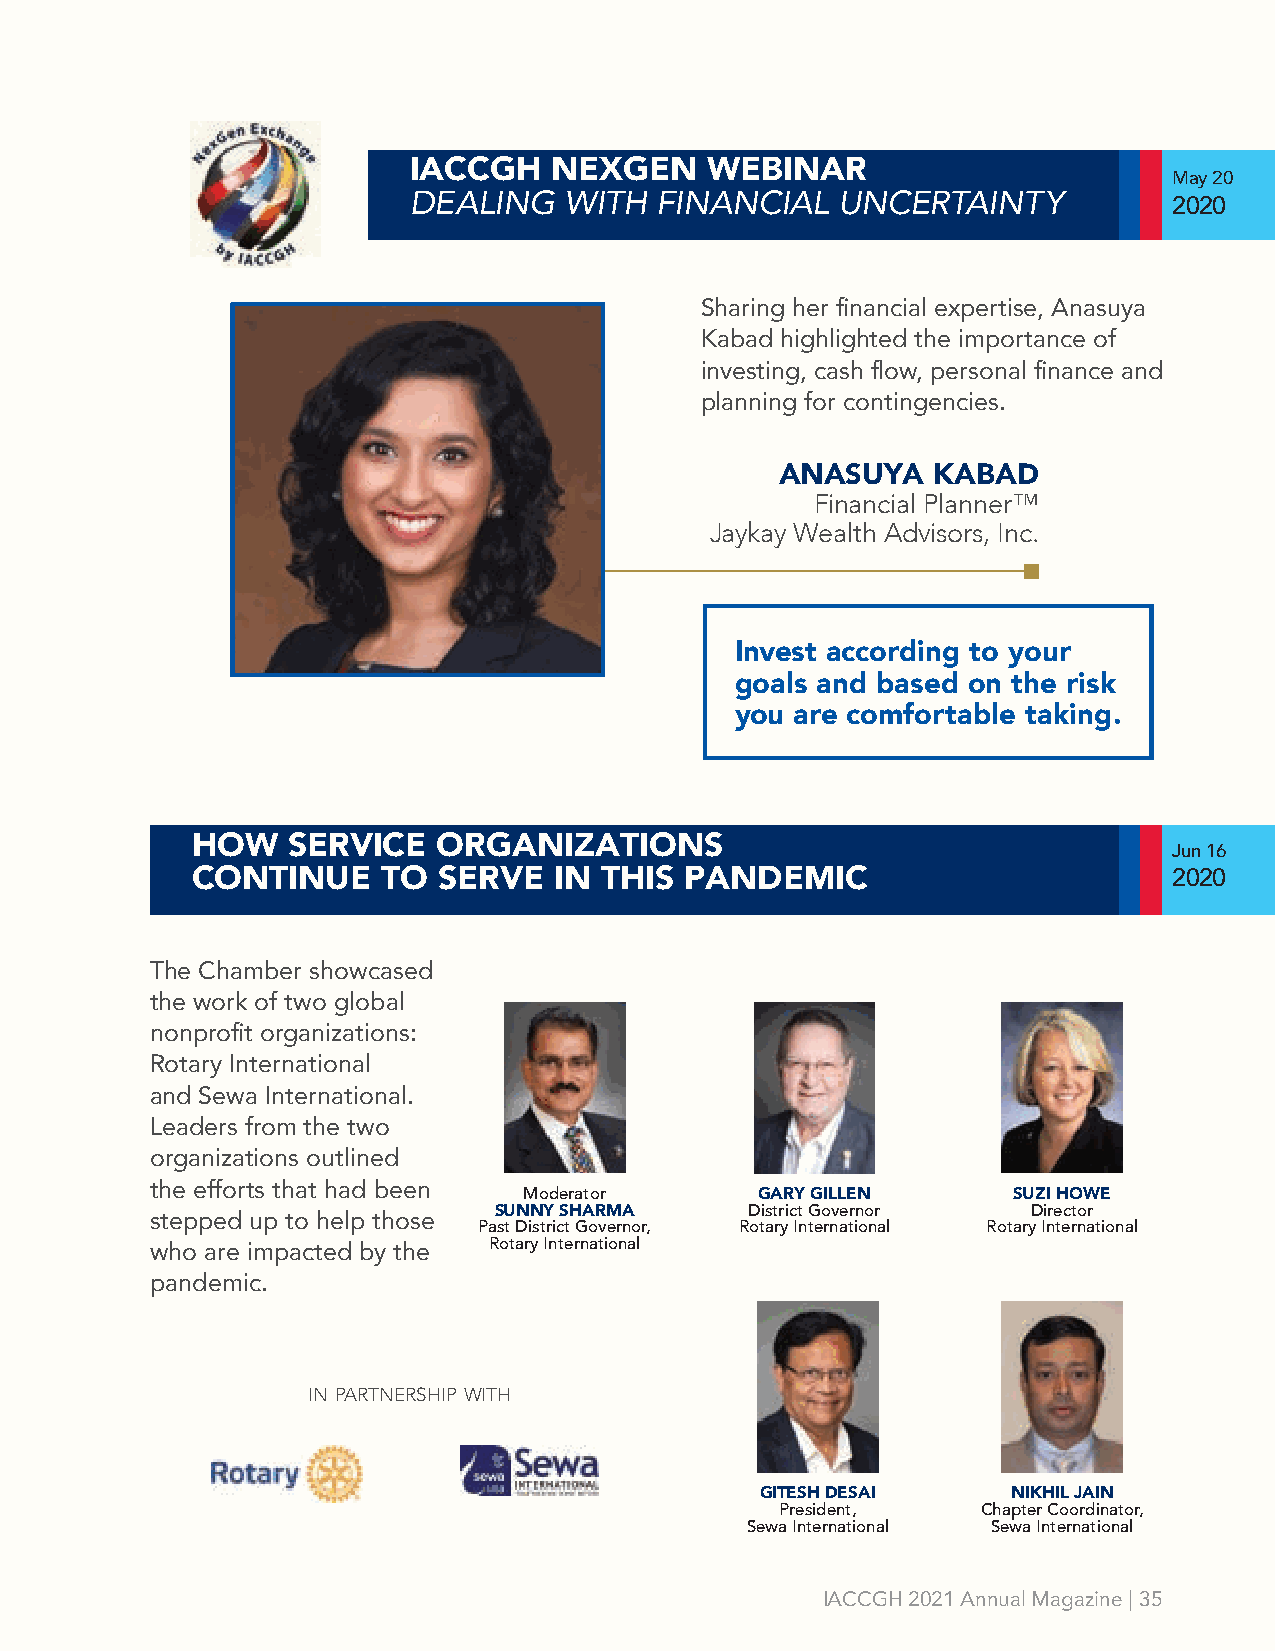
IACCGH   NEXGEN     WEBINAR
 May 20
 DEALING   WITH  FINANCIAL   UNCERTAINTY
 2020
 Sharing her financial expertise, Anasuya
 Kabad highlighted the importance of
 investing, cash flow, personal finance and
 planning for contingencies.
 ANASUYA   KABAD
 Financial Planner™
 Jaykay Wealth Advisors, Inc.
 Invest according to your
 goals and based on the risk
 you are comfortable taking.
 HOW   SERVICE   ORGANIZATIONS
 Jun 16
 CONTINUE    TO  SERVE   IN THIS PANDEMIC                         2020
 The Chamber showcased
 the work of two global
 nonprofit organizations:
 Rotary International
 and Sewa International.
 Leaders from the two
 organizations outlined
 the efforts that had been Moderator     GARY GILLEN      SUZI HOWE
 SUNNY SHARMA     District Governor Director
 stepped up to help those
 Past District Governor, Rotary International Rotary International
 who are impacted by the Rotary International
 pandemic.
 in partnership with
 GITESH DESAI     NIKHIL JAIN
 President,   Chapter Coordinator,
 Sewa International Sewa International
 IACCGH 2021 Annual Magazine | 35